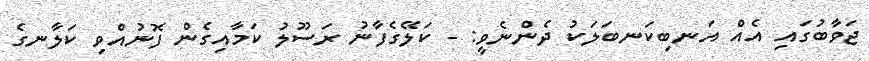
ޖަވާބުގައި އެއް އަނބިކަނބަލަކު ދެންނެވީ: - ކަލޭގެފާނު ރަސޫލު ކަމާއިގެން ފޮނުއްވި ކަލާނގެ